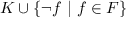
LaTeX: K \cup \{ \neg f ~ | ~ f \in F \}